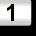
Digit: 1